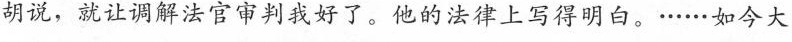
胡说，就让调解法官审判我好了。他的法律上写得明白。······如今大